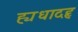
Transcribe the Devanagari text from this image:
ह्यधादहृ